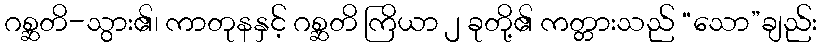
ဂစ္ဆတိ-သွား၏၊ ကာတုနနှင့် ဂစ္ဆတိ ကြိယာ ၂ ခုတို့၏ ကတ္တားသည် “သော”ချည်း